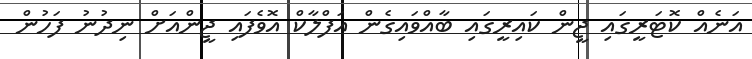
އަނެއް ކޮޓަރީގައި ޖީން ކައިރީގައި ބާއްވައިގެން އަފްލާކް އޮވެފައި ޖީންއަށް ނިދުނު ފަހުން